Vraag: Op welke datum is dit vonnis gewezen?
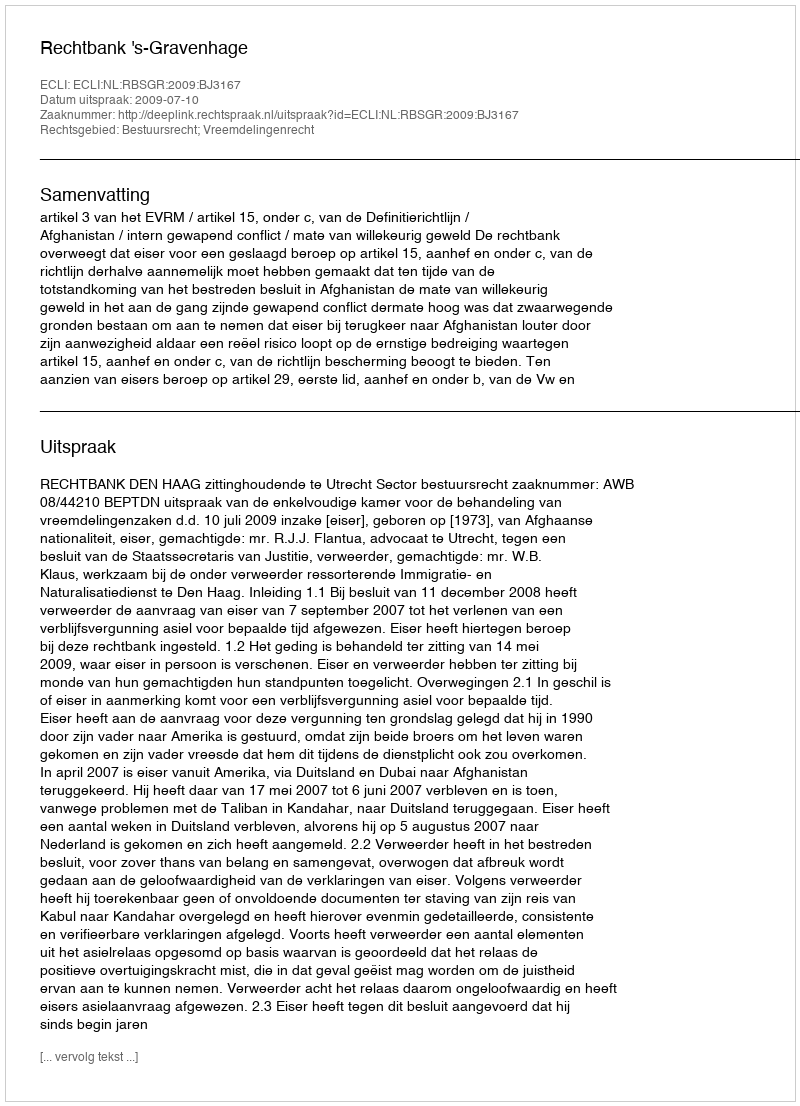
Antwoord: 2009-07-10